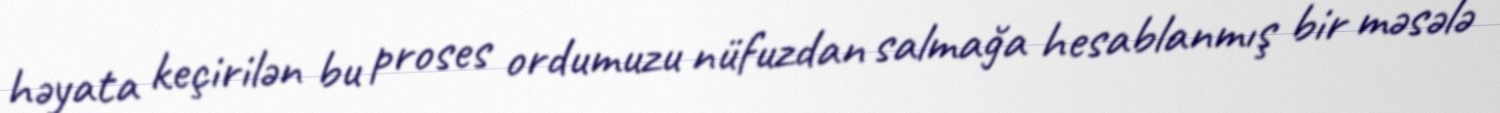
həyata keçirilən bu proses ordumuzu nüfuzdan salmağa hesablanmış bir məsələ